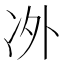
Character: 𱐂